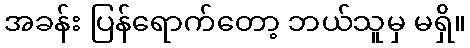
အခန်း ပြန်ရောက်တော့ ဘယ်သူမှ မရှိ။